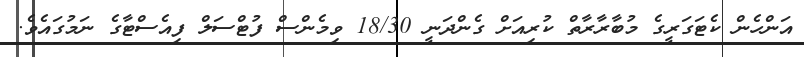
އަންހެން ކެޓަގަރީގެ މުބާރާރާތް ކުރިއަށް ގެންދަނީ 18/30 ވިމެންސް ފުޓްސަލް ފިއެސްޓާގެ ނަމުގައެވެ.